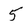
Character: 5